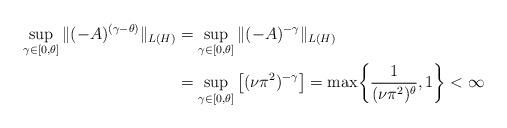
LaTeX: \begin{align*} \sup_{ \gamma \in [0,\theta] } \| (-A)^{(\gamma-\theta)} \|_{L(H)} &= \sup_{ \gamma \in [0,\theta] } \| (-A)^{-\gamma} \|_{L(H)}\\&= \sup_{ \gamma \in [0,\theta] } \left[ (\nu \pi^2)^{-\gamma} \right] = \max\!\left\{ \frac{ 1 }{ ( \nu \pi^2 )^{\theta} }, 1 \right\} < \infty\end{align*}